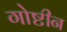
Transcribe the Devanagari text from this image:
गोष्टीन